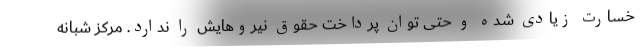
خسارت زیادی شده و حتی توان پرداخت حقوق نیروهایش را ندارد. مرکز شبانه